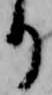
り